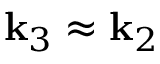
{ \bf k } _ { 3 } \approx { \bf k } _ { 2 }